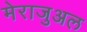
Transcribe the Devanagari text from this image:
मेराजुअल